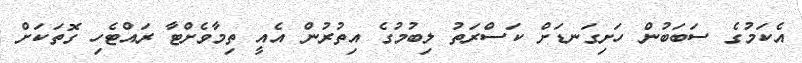
އެކަމުގެ ސަބަބުން ހަށިގަނޑަށް ކަސްރަތު ލިބުމުގެ އިތުރުން އެއީ ތިމާވެށްޓާ ރައްޓެހި ގޮތަކަށް